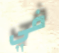
في